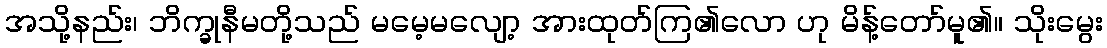
အသို့နည်း၊ ဘိက္ခုနီမတို့သည် မမေ့မလျော့ အားထုတ်ကြ၏လော ဟု မိန့်တော်မူ၏။ သိုးမွေး